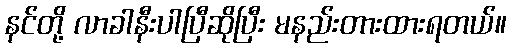
နင်တို့ လာခါနီးပါပြီဆိုပြီး မနည်းတားထားရတယ်။